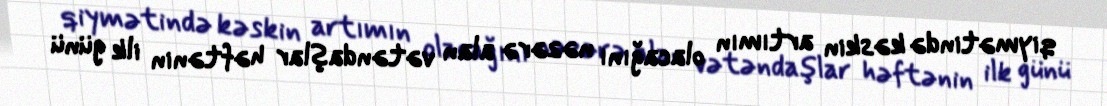
qiymətində kəskin artımın olacağını nəzərə alan vətəndaşlar həftənin ilk günü